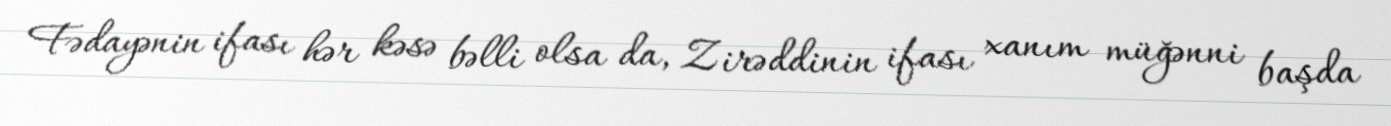
Fədayənin ifası hər kəsə bəlli olsa da, Zirəddinin ifası xanım müğənni başda